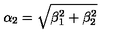
\alpha _ { 2 } = \sqrt { \beta _ { 1 } ^ { 2 } + \beta _ { 2 } ^ { 2 } }